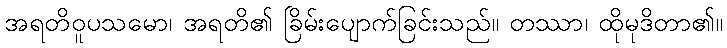
အရတိဝူပသမော၊ အရတိ၏ ခြိမ်းပျောက်ခြင်းသည်။ တဿာ၊ ထိုမုဒိတာ၏။